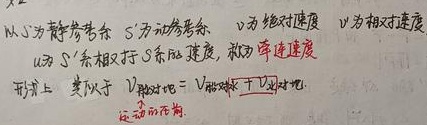
以 \(S\) 为静参考系，\(S'\) 为动参考系，\(v\) 为绝对速度，\(v'\) 为相对速度，\(u\) 为 \(S'\) 系相对 \(S\) 系的速度，称为牵连速度。形式上，类似于 \(v_{\text{对地}}=v_{\text{相对}}+u_{\text{对地}}\)。